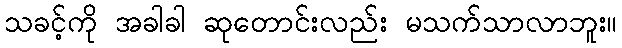
သခင့်ကို အခါခါ ဆုတောင်းလည်း မသက်သာလာဘူး။